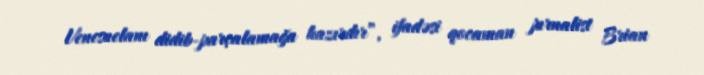
Venesuelanı didib-parçalamağa hazırdır”, ifadəsi qocaman jurnalist Brian